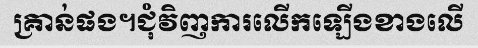
គ្រាន់ផង។ជុំវិញការលើកឡើងខាងលើ